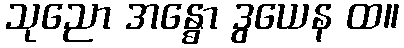
သုညော အန္ဓော ဒွယေန ထ။